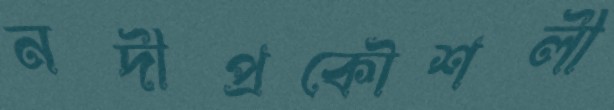
নদীপ্রকৌশলী